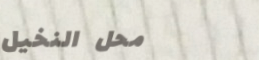
محل النخيل